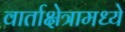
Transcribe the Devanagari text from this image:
वार्ताक्षेत्रामध्ये